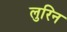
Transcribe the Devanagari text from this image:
लुरिन